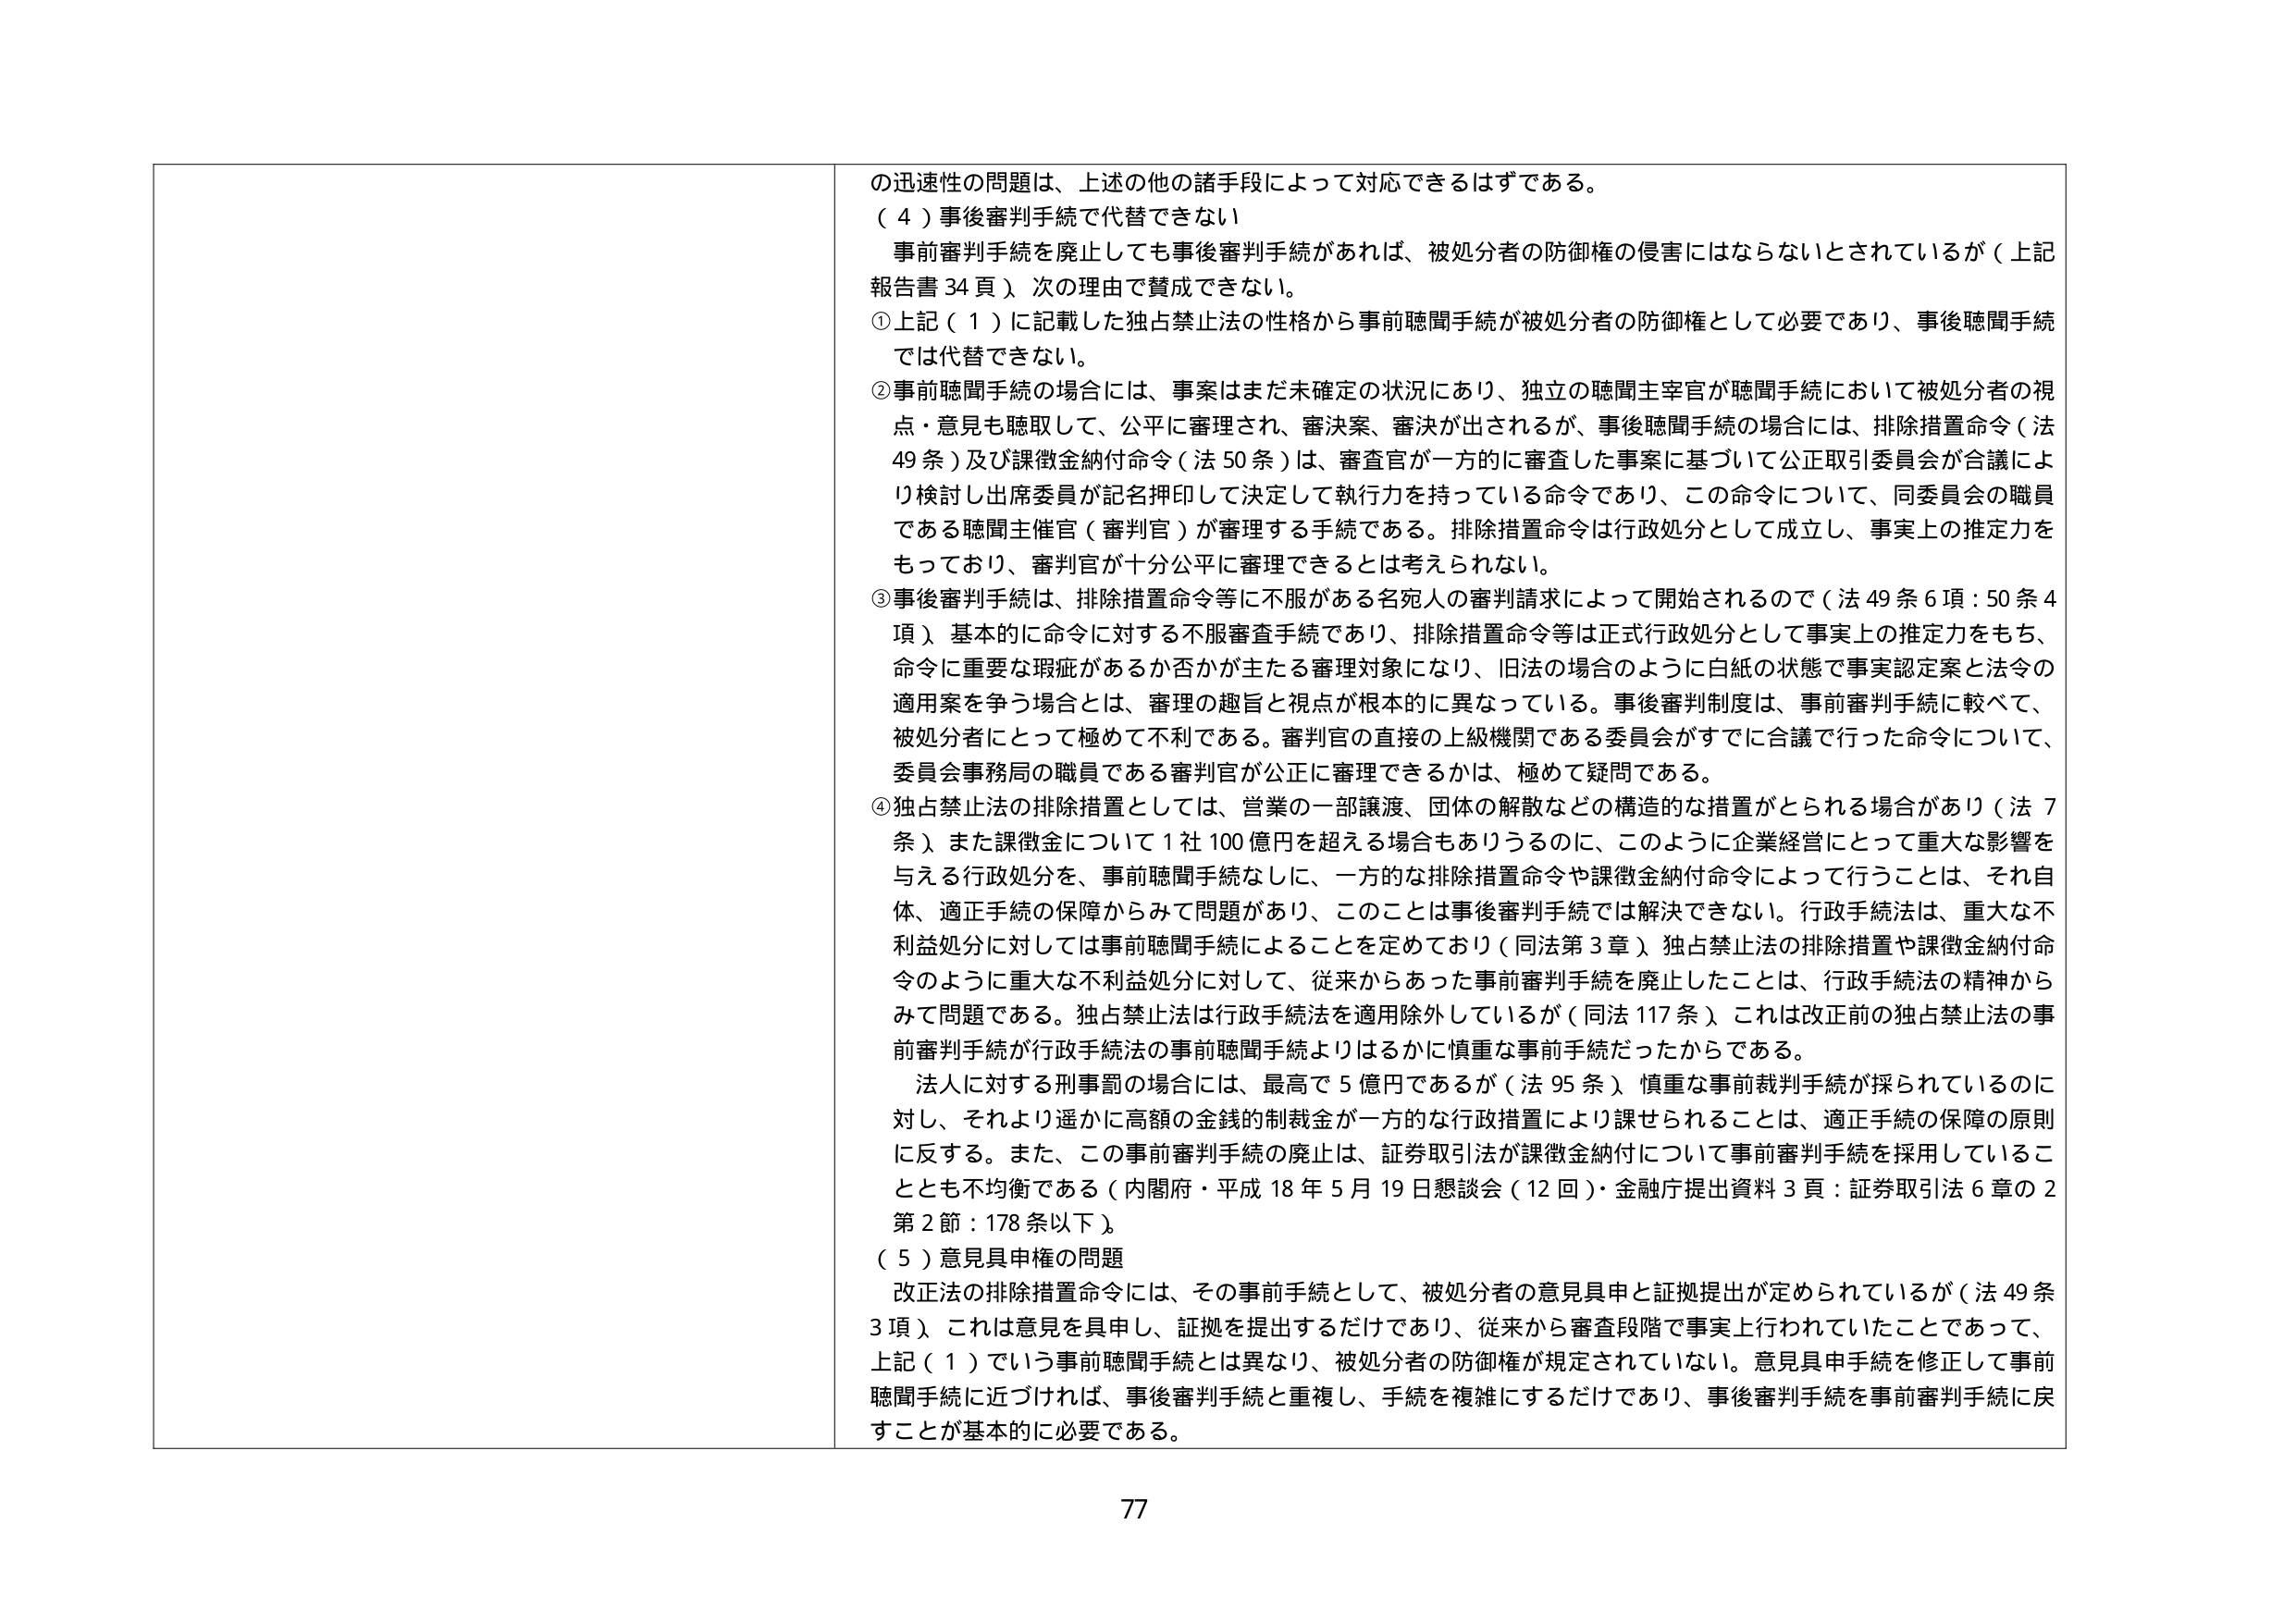
の迅速性の問題は、上述の他の諸手段によって対応できるはずである。

（４）事後審判手続で代替できない

事前審判手続を廃止しても事後審判手続があれば、被処分者の防御権の侵害にはならないとされているが（上記報告書34頁）、次の理由で賛成できない。

① 上記（１）に記載した独占禁止法の性格から事前聴聞手続が被処分者の防御権として必要であり、事後聴聞手続では代替できない。

② 事前聴聞手続の場合には、事案はまだ未確定の状況にあり、独立の聴聞主宰官が聴聞手続において被処分者の視点・意見も聴取して、公平に審理され、審決案、審決が出されるが、事後聴聞手続の場合には、排除措置命令（法49条）及び課徴金納付命令（法50条）は、審査官が一方的に審査した事案に基づいて公正取引委員会が合議により検討し出席委員が記名押印して決定して執行力を持っている命令であり、この命令について、同委員会の職員である聴聞主催官（審判官）が審理する手続である。排除措置命令は行政処分として成立し、事実上の推定力をもっており、審判官が十分公平に審理できるとは考えられない。

③ 事後審判手続は、排除措置命令等に不服がある名宛人の審判請求によって開始されるので（法49条6項：50条4項）、基本的に命令に対する不服審査手続であり、排除措置命令等は正式行政処分として事実上の推定力をもち、命令に重要な瑕疵があるか否かが主たる審理対象になり、旧法の場合のように白紙の状態で事実認定案と法令の適用案を争う場合とは、審理の趣旨と視点が根本的に異なっている。事後審判制度は、事前審判手続に較べて、被処分者にとって極めて不利である。審判官の直接の上級機関である委員会がすでに合議で行った命令について、委員会事務局の職員である審判官が公正に審理できるかは、極めて疑問である。

④ 独占禁止法の排除措置としては、営業の一部譲渡、団体の解散などの構造的な措置がとられる場合があり（法7条）、また課徴金について1社100億円を超える場合もありうるのに、このように企業経営にとって重大な影響を与える行政処分を、事前聴聞手続なしに、一方的な排除措置命令や課徴金納付命令によって行うことは、それ自体、適正手続の保障からみて問題があり、このことは事後審判手続では解決できない。行政手続法は、重大な不利益処分に対しては事前聴聞手続によることを定めており（同法第3章）、独占禁止法の排除措置や課徴金納付命令のように重大な不利益処分に対して、従来からあった事前審判手続を廃止したことは、行政手続法の精神からみて問題である。独占禁止法は行政手続法を適用除外しているが（同法117条）、これは改正前の独占禁止法の事前審判手続が行政手続法の事前聴聞手続よりはるかに慎重な事前手続だったからである。

法人に対する刑事罰の場合には、最高で5億円であるが（法95条）、慎重な事前裁判手続が採られているのに対し、それより遥かに高額の金銭的制裁が一方的な行政措置により課せられることは、適正手続の保障の原則に反する。また、この事前審判手続の廃止は、証券取引法が課徴金納付について事前審判手続を採用していることとも不均衡である（内閣府・平成18年5月19日懇談会（12回）・金融庁提出資料3頁：証券取引法6章の2第2節：178条以下）。

（５）意見具申権の問題

改正法の排除措置命令には、その事前手続として、被処分者の意見具申と証拠提出が定められているが（法49条3項）、これは意見を具申し、証拠を提出するだけであり、従来から審査段階で事実上行われていたことであって、上記（１）でいう事前聴聞手続とは異なり、被処分者の防御権が規定されていない。意見具申手続を修正して事前聴聞手続に近づければ、事後審判手続と重複し、手続を複雑にするだけであり、事後審判手続を事前審判手続に戻すことが基本的に必要である。

77